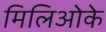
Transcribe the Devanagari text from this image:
मिलिओके